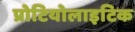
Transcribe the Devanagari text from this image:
प्रोटियोलाइटिक